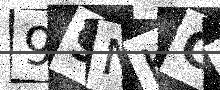
Text: 99NKGM